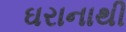
ઘરાનાથી